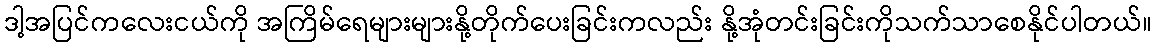
ဒါ့အပြင်ကလေးငယ်ကို အကြိမ်ရေများများနို့တိုက်ပေးခြင်းကလည်း နို့အုံတင်းခြင်းကိုသက်သာစေနိုင်ပါတယ်။